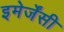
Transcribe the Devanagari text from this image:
इमेर्जेंसी